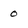
Character: 0